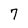
Character: 7